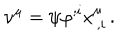
\nu ^ { \mu } = \psi \varphi ^ { ; i } x _ { \, , i } ^ { \mu } \, .